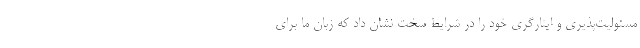
مسئولیت‌پذیری و ایثارگری خود را در شرایط سخت نشان داد که زبان ما برای